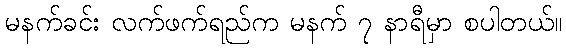
မနက်ခင်း လက်ဖက်ရည်က မနက် ၇ နာရီမှာ စပါတယ်။